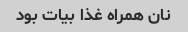
نان همراه غذا بیات بود